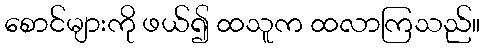
စောင်များကို ဖယ်၍ ထသူက ထလာကြသည်။